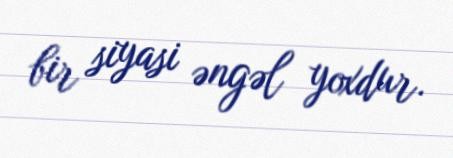
bir siyasi əngəl yoxdur.